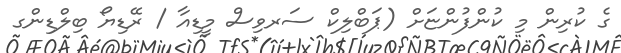
ގެ ކުރިން މި ކުންފުންޏަށް (ޕަބްލިކް ސަރވިސް މީޑިއާ / ރޭޑިޔޯ ބިލްޑިންގ